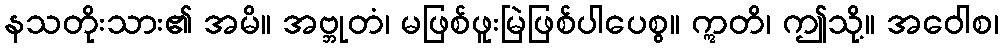
နသတိုးသား၏ အမိ။ အဗ္ဘုတံ၊ မဖြစ်ဖူးမြဲဖြစ်ပါပေစွ။ ဣတိ၊ ဤသို့။ အဝေါစ၊